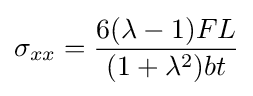
\sigma _{xx}={\frac {6(\lambda -1)FL}{(1+\lambda ^{2})bt}}